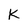
Character: K